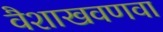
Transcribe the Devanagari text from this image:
वैशाखवणवा